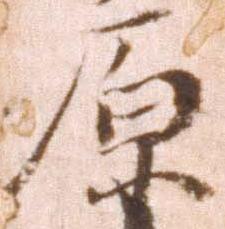
原